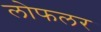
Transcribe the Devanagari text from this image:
लोफलर